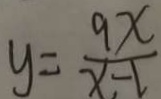
y = \frac { 9 x } { x - 1 }